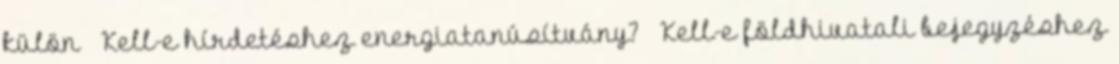
külön » Kell-e hírdetéshez energiatanúsítvány? » Kell-e földhivatali bejegyzéshez